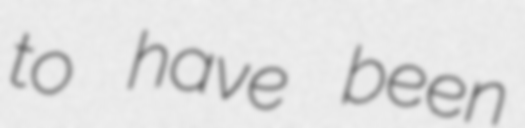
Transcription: to have been